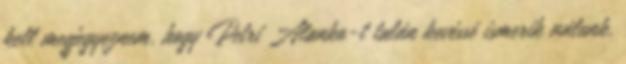
kell megjegyeznem, hogy Petri Alanko-t talán kevéssé ismerik nálunk,